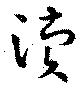
涜